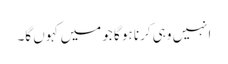
انہیں وہی کرنا ہو گا جو میں کہوں گا۔